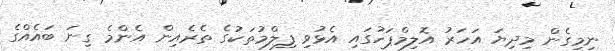
ނިމިގެން މިދިޔަ އަހަރު އޮލިމްޕަހުގައި އެޅުވި ފިލްމުތަކުގެ ތެރެއިން އެންމެ ގިނަ ބައެއްގެ